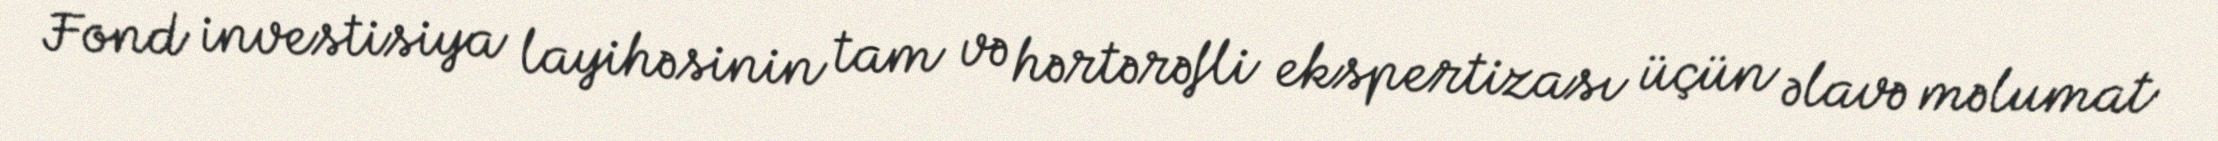
Fond investisiya layihəsinin tam və hərtərəfli ekspertizası üçün əlavə məlumat